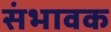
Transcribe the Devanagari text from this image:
संभावक